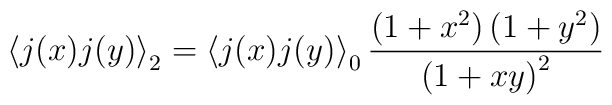
\left\langle j(x)j(y)\right\rangle _{2}=\left\langle j(x)j(y)\right\rangle_{0}\frac{\left(  1+x^{2}\right)  (1+y^{2})}{\left(  1+xy\right)  ^{2}}